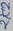
Text: 2K2